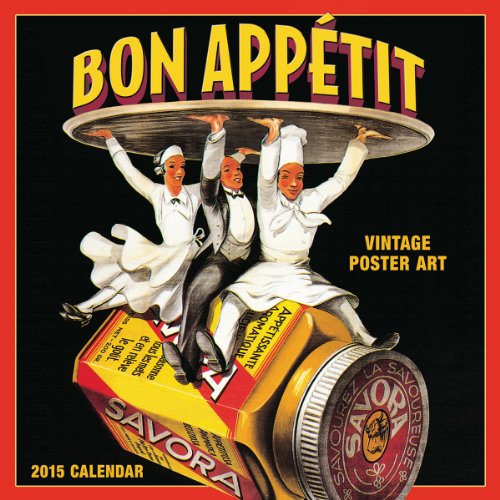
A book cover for Bon AppÃ©tit Vintage Poster Art 2015 Mini Wall Calendar (English and French Edition); Buyenlarge Inc; Calendars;